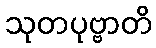
သုတပုဗ္ဗာတိ